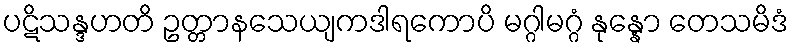
ပဋိသန္ဒဟတိ ဥတ္တာနသေယျကဒါရကောပိ မဂ္ဂါမဂ္ဂံ နုန္နော တေသမိဒံ